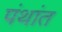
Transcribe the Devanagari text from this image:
पंथांत